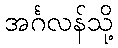
အင်္ဂလန်သို့